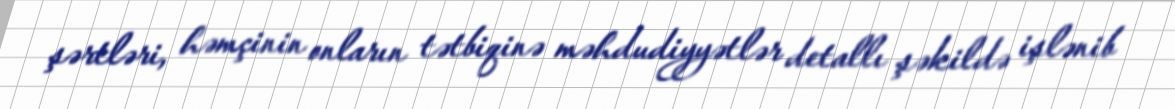
şərtləri, həmçinin onların tətbiqinə məhdudiyyətlər detallı şəkildə işlənib